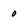
Character: 0